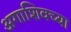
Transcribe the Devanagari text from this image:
अगाशिवच्या